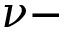
\nu -